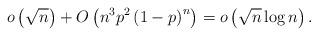
LaTeX: \begin{align*}o\left(\sqrt{n}\right)+O\left(n^{3}p^{2}\left(1-p\right)^{n}\right)=o\left(\sqrt{n}\log n\right).\end{align*}